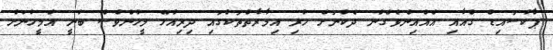
ޕާކުސައިޑް ގެއާއި އެއްއިންވެގެން ދެކުނަށް ހުރި އިމާރާތްތަކުގައި ދިރިއުޅޭ މީހުންވެސް ބުނީ އެމީހުނަށް